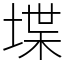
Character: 堞